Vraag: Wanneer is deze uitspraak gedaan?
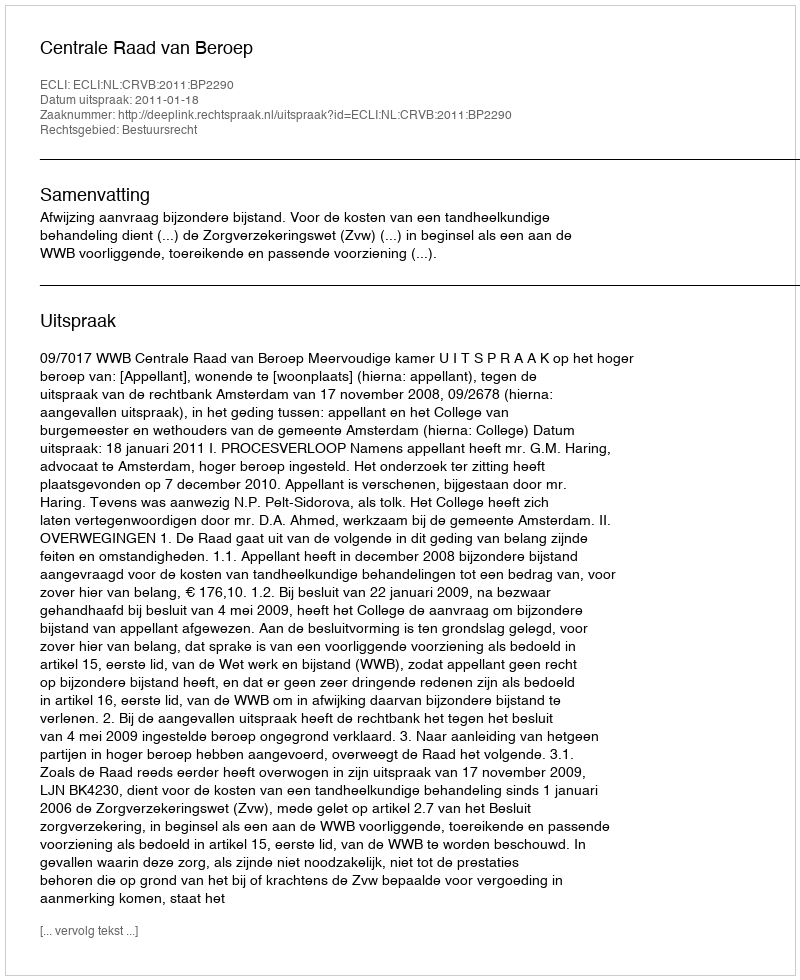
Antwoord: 2011-01-18